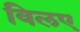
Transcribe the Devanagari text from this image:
विलए